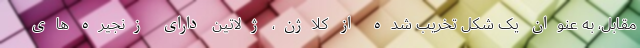
مقابل، به عنوان یک شکل تخریب شده از کلاژن، ژلاتین دارای زنجیره های